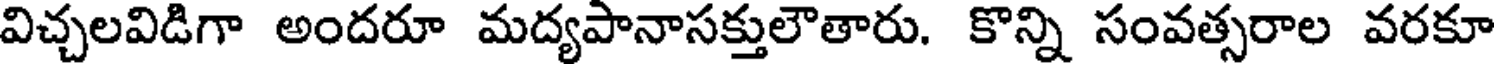
విచ్చలవిడిగా అందరూ మద్యపానాసక్తులౌతారు. కొన్ని సంవత్సరాల వరకూ